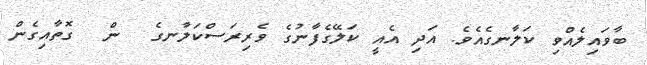
ބާވައިލެއްވި ކަލާނގެއެވެ. އަދި އެއީ ކަލޭގެފާނުގެ ވެރިރަސްކަލާނގެ  ން  ގޮތާއިގެން